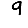
Digit: 9